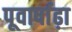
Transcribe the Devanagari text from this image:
पूवार्षाढ़ा